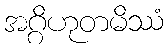
အဂ္ဂိဟုတမိဿံ